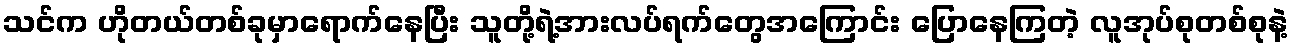
သင်က ဟိုတယ်တစ်ခုမှာရောက်နေပြီး သူတို့ရဲ့အားလပ်ရက်တွေအကြောင်း ပြောနေကြတဲ့ လူအုပ်စုတစ်စုနဲ့